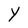
Character: Y